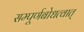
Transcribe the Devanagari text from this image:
सम्पूर्णबोधत्वात्